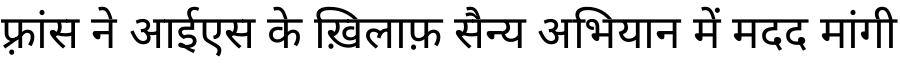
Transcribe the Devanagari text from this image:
फ़्रांस ने आईएस के ख़िलाफ़ सैन्य अभियान में मदद मांगी